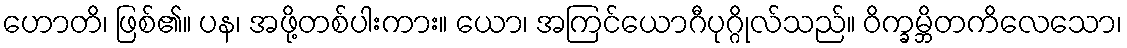
ဟောတိ၊ ဖြစ်၏။ ပန၊ အဖို့တစ်ပါးကား။ ယော၊ အကြင်ယောဂီပုဂ္ဂိုလ်သည်။ ဝိက္ခမ္ဘိတကိလေသော၊